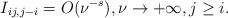
LaTeX: \begin{align*} I_{ij, j-i}= O(\nu^{-s}), \nu \to +\infty, j \ge i. \end{align*}